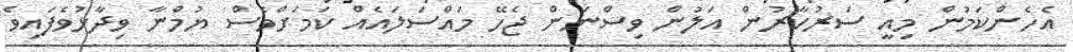
އެހެންކަމުން މިއީ ސަރުކާރުން އަލުން ވިސްނަން ޖެހޭ މައްސަލައެއް ކަމަށްވެސް ޔުމްނާ ވިދާޅުވެފައިވެ